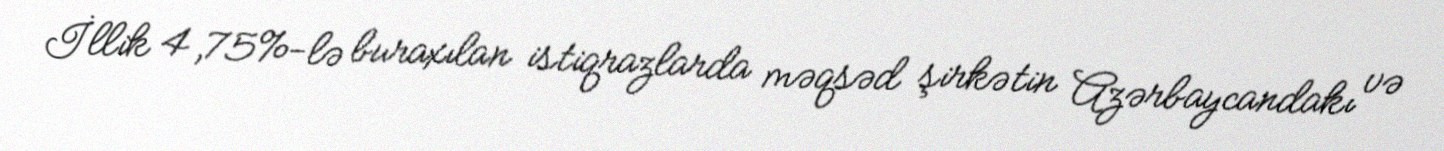
İllik 4,75%-lə buraxılan istiqrazlarda məqsəd şirkətin Azərbaycandakı və